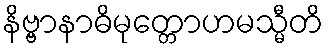
နိဗ္ဗာနာဓိမုတ္တောဟမသ္မီတိ